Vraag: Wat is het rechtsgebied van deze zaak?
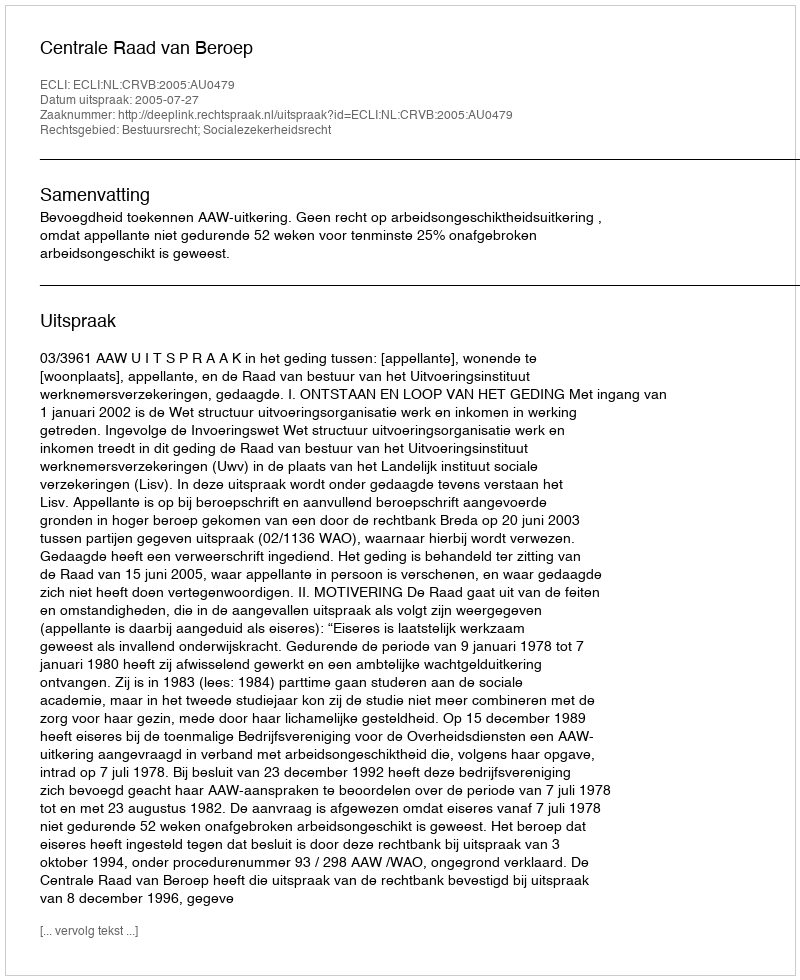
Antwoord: Bestuursrecht; Socialezekerheidsrecht